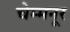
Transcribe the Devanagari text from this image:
चेम्मनूर